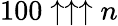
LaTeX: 100\uparrow\uparrow\uparrow n